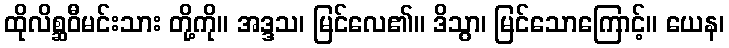
ထိုလိစ္ဆဝီမင်းသား တို့ကို။ အဒ္ဒသ၊ မြင်လေ၏။ ဒိသွာ၊ မြင်သောကြောင့်။ ယေန၊